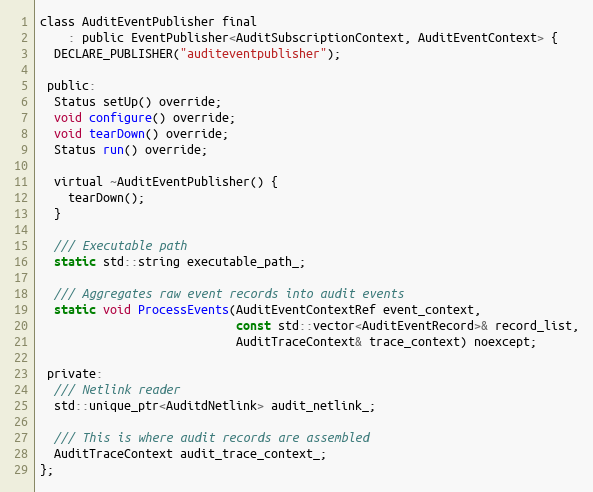
Language: C
class AuditEventPublisher final
    : public EventPublisher<AuditSubscriptionContext, AuditEventContext> {
  DECLARE_PUBLISHER("auditeventpublisher");

 public:
  Status setUp() override;
  void configure() override;
  void tearDown() override;
  Status run() override;

  virtual ~AuditEventPublisher() {
    tearDown();
  }

  /// Executable path
  static std::string executable_path_;

  /// Aggregates raw event records into audit events
  static void ProcessEvents(AuditEventContextRef event_context,
                            const std::vector<AuditEventRecord>& record_list,
                            AuditTraceContext& trace_context) noexcept;

 private:
  /// Netlink reader
  std::unique_ptr<AuditdNetlink> audit_netlink_;

  /// This is where audit records are assembled
  AuditTraceContext audit_trace_context_;
};